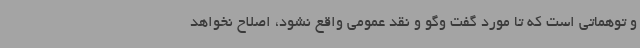
و توهماتی است که تا مورد گفت وگو و نقد عمومی واقع نشود، اصلاح نخواهد